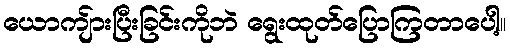
ယောကျ်ားပြီးခြင်းကိုဘဲ ရွေးထုတ်ပြောကြတာပေါ့။